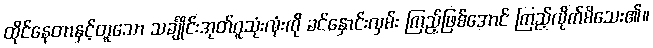
ထိုင်နေတာနှင့်တူသော သင်္ချိုင်းအုတ်ဂူသုံးလုံးကို ခင်နှောင်းလှမ်း ကြည့်ဖြစ်အောင် ကြည့်လိုက်မိသေး၏။